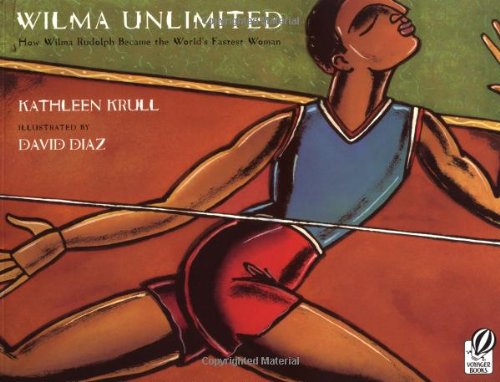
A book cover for Wilma Unlimited: How Wilma Rudolph Became the World's Fastest Woman; Kathleen Krull; Children's Books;